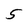
Character: 5